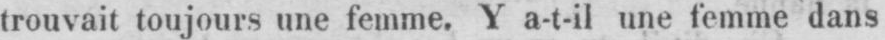
trouvait toujours une femme. Y a-t-il une femme dans